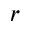
r